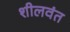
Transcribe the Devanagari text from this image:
शीलवंत